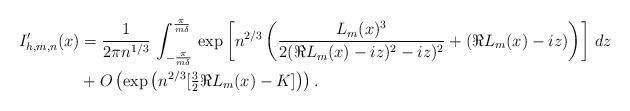
LaTeX: \begin{align*}I'_{h,m,n}(x)&=\frac{1}{2 \pi n^{1/3}} \,\int_{ - \frac{ \pi}{ m \delta} }^{ \frac{ \pi}{ m \delta} }\,\exp\left[n^{2/3} \left(\frac{ L_m(x)^3}{ 2 ( \Re L_m(x) - iz)^2 - iz)^2} + ( \Re L_m(x) - iz)\right)\right] \, dz\\&+O\left(\exp\left(n^{2/3} [ \tfrac{3}{2} \Re L_m(x) - K ]\right)\right) .\end{align*}